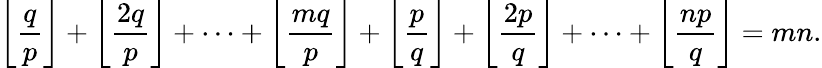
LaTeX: \left\lfloor{\frac{q}{p}}\right\rfloor+\left\lfloor{\frac{2q}{p}}\right\rfloor+\dots+\left\lfloor{\frac{mq}{p}}\right\rfloor+\left\lfloor{\frac{p}{q}}\right\rfloor+\left\lfloor{\frac{2p}{q}}\right\rfloor+\dots+\left\lfloor{\frac{np}{q}}\right\rfloor=mn.